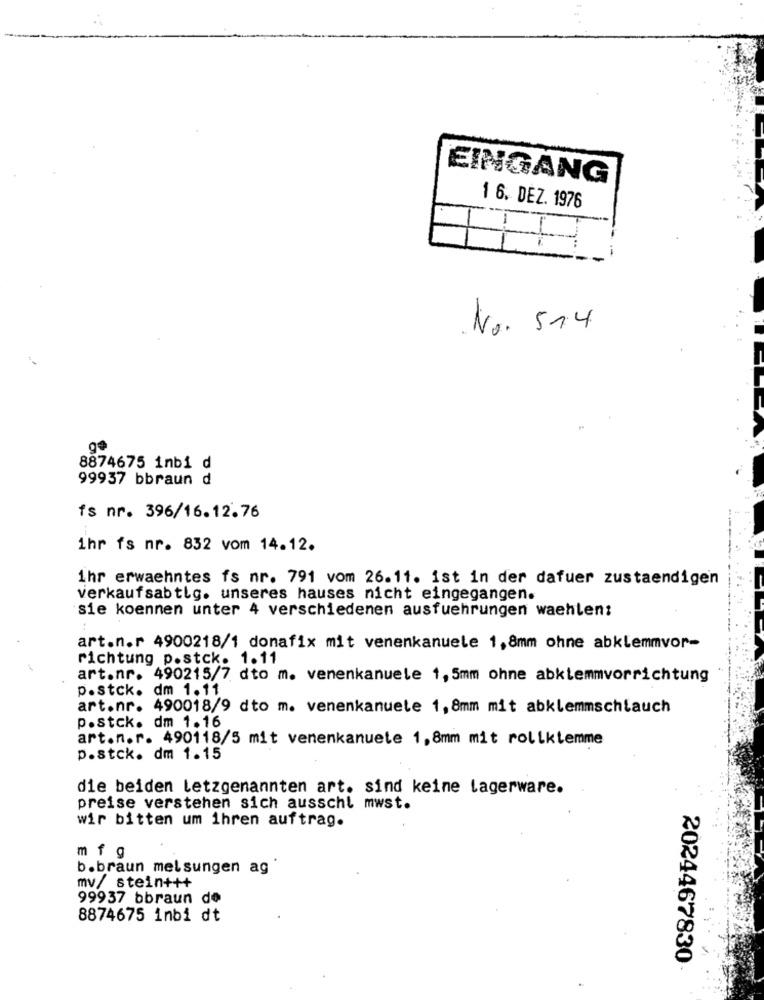
EINGANG
1 6. DEZ. 1976
No. 514
8874675 inbi d
99937 bbraun d
fs nr. 396/16.12.76
ihr fs nr. 832 vom 14.12.
ihr erwaehntes fs nr. 791 vom 26.11. ist in der dafuer zustaendigen
verkaufsabtlg. unseres hauses nicht eingegangen.
sie koennen unter 4 verschiedenen ausfuehrungen waehlen:
art.n.r 4900218/1 donafix mit venenkanuele 1,8mm ohne abklemmvor-
richtung p.stck. 1.11
art.nr. 490215/7 dto m. venenkanuele 1,5mm ohne abklemmvorrichtung
p.stck. dm 1.11
art.nr. 490018/9 dto m. venenkanuete 1,8mm mit abklemmschlauch
p.stck. dm 1.16
art.n.r. 490118/5 mit venenkanuete 1,8mm mit rollklemme
p.stck. dm 1.15
die beiden letzgenannten art. sind keine lagerware.
preise verstehen sich ausschl mwst.
wir bitten um ihren auftrag.
mf g
b.braun melsungen ag
mv/ stein+++
99937 bbraun de
8874675 inbi dt
2024467830